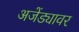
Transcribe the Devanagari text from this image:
अजेंड्यावर